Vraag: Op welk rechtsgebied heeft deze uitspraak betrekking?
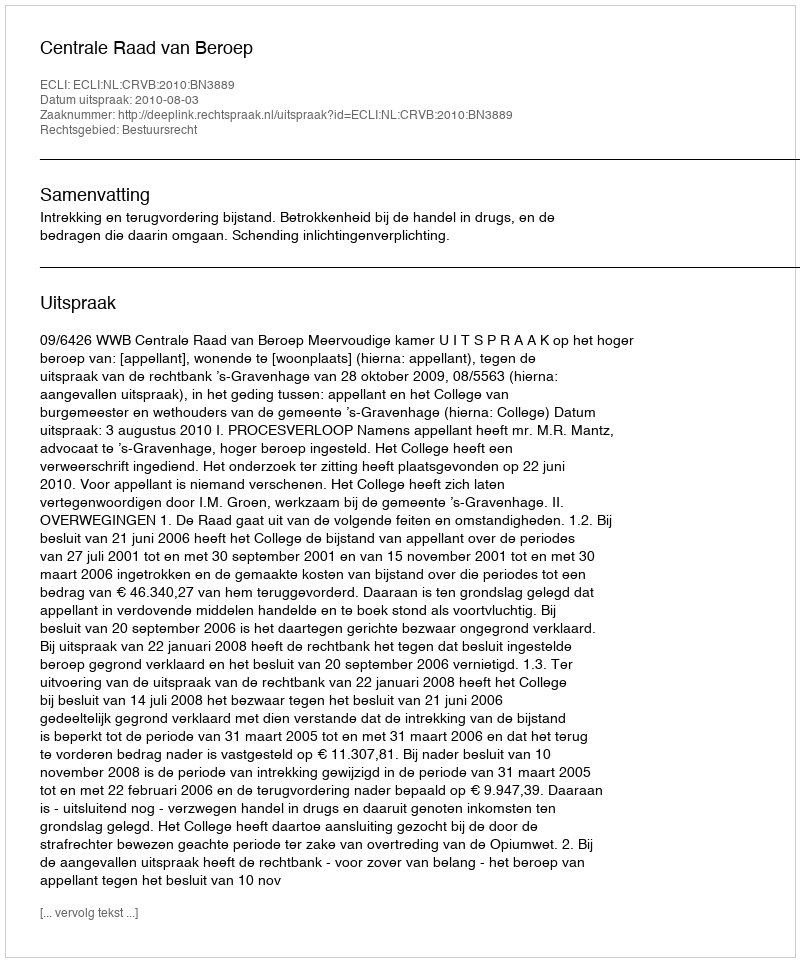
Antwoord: Bestuursrecht